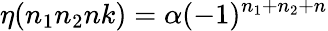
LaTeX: \eta(n_{1}n_{2}nk)=\alpha(-1)^{n_{1}+n_{2}+n}